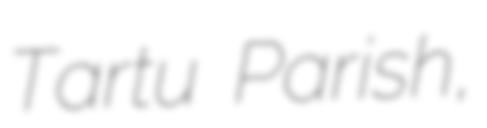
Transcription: Tartu Parish,